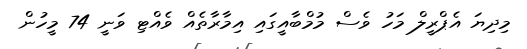
މިދިޔަ އެޕްރީލް މަހު ވެސް މުމްބާއީގައި އިމާރާތެއް ވެއްޓި ވަނީ 74 މީހުން